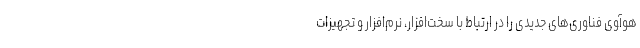
هوآوی فناوری‌های جدیدی را در ارتباط با سخت‌افزار، نرم‌افزار و تجهیزات